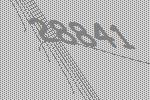
28841